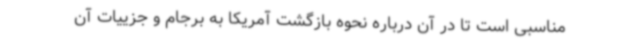
مناسبی است تا در آن درباره نحوه بازگشت آمریکا به برجام و جزییات آن